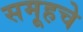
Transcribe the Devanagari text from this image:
समूहचे